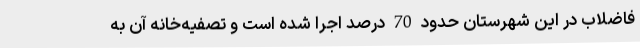
فاضلاب در این شهرستان حدود 70 درصد اجرا شده است و تصفیه‌خانه آن به